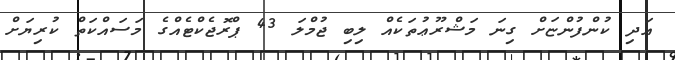
އަދި ކުންފުންޏަށް ގިނަ މަޝްރޫޢުތަކެއް ލިބި ޖުމްލަ 43 ޕްރޮޖެކްޓެއްގެ މަސައްކަތް ކުރިޔަށް